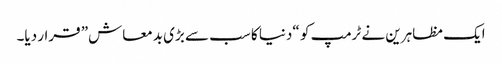
ایک مظاہرین نے ٹرمپ کو “دنیا کا سب سے بڑی بدمعاش” قرار دیا۔